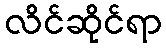
လိင်ဆိုင်ရာ